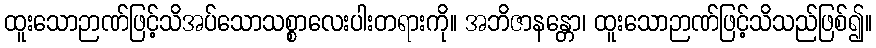
ထူးသောဉာဏ်ဖြင့်သိအပ်သောသစ္စာလေးပါးတရားကို။ အဘိဇာနန္တော၊ ထူးသောဉာဏ်ဖြင့်သိသည်ဖြစ်၍။